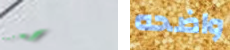
إحترسوا واضحه